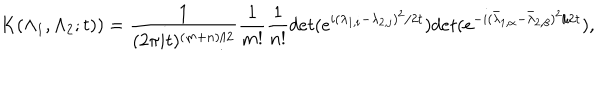
LaTeX: K ( \Lambda _ { 1 } , \Lambda _ { 2 } ; t ) ) = \frac { 1 } { ( 2 \pi i t ) ^ { ( m + n ) / 2 } } \frac { 1 } { m ! } \frac { 1 } { n ! } d e t ( e ^ { i ( \lambda _ { 1 , i } - \lambda _ { 2 , j } ) ^ { 2 } / 2 t } ) d e t ( e ^ { - i ( { \bar { \lambda } } _ { 1 , \alpha } - { \bar { \lambda } } _ { 2 , \beta } ) ^ { 2 } / 2 t } ) ,